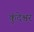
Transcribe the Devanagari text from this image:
कुंदेश्वर